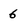
Character: 6